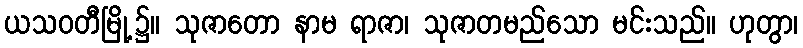
ယသဝတီမြို့၌။ သုဇာတော နာမ ရာဇာ၊ သုဇာတမည်သော မင်းသည်။ ဟုတွာ၊